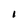
Character: l